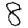
Digit: 8